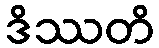
ဒိဿတိ